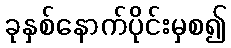
ခုနှစ်နောက်ပိုင်းမှစ၍